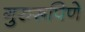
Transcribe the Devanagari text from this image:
गुरुरूपिणे